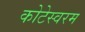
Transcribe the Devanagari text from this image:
कोटेस्वरम